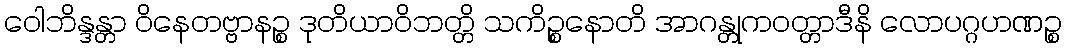
ဝေါဘိန္ဒန္တာ ဝိနေတဗ္ဗာနဉ္စ ဒုတိယာဝိဘတ္တိ သကိဉ္စနောတိ အာဂန္တုကဝတ္တာဒီနိ လောပဂ္ဂဟဏဉ္စ